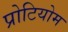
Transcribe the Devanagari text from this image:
प्रोटियोम